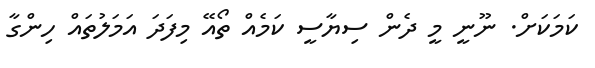
ކަމަކަށް. ނޫނީ މީ ދެން ސިޔާސީ ކަމެއް ތޯއޭ މިފަދަ އަމަލުތައް ހިންގާ